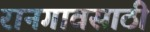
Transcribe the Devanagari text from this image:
रानगावसाठी